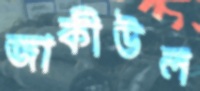
জাকীউল